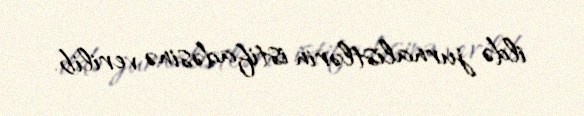
ildə jurnalistlərin istifadəsinə verilib.